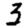
Digit: 3